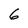
Character: 6